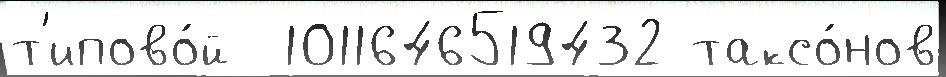
т'ипово́й  1011646519432 таксо́нов